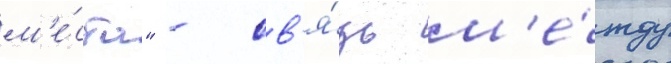
м'е́ста" - св'я́зь м'е́жду